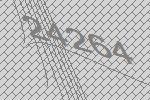
24264